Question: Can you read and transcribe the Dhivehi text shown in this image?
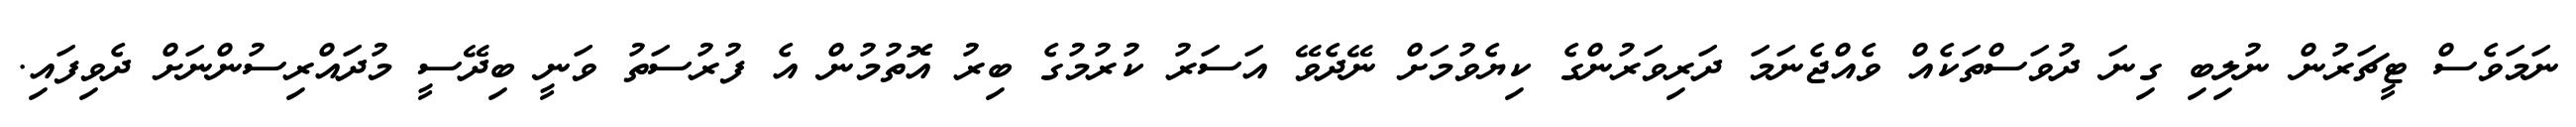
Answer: ނަމަވެސް ޓީޗަރުން ނުލިބި ގިނަ ދުވަސްތަކެއް ވެއްޖެނަމަ ދަރިވަރުންގެ ކިޔެވުމަށް ނޭދެވޭ އަސަރު ކުރުމުގެ ބިރު އޮތުމުން އެ ފުރުސަތު ވަނީ ބިދޭސީ މުދައްރިސުންނަށް ދެވިފައި.